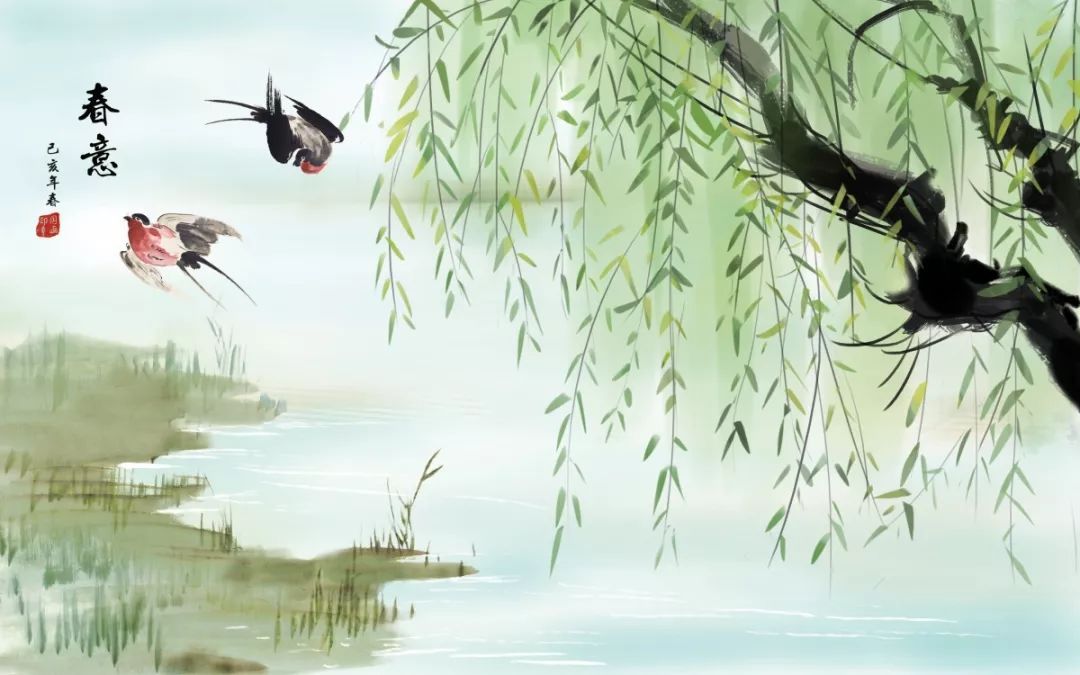
今年游寓独游秦，愁思看春不当春。